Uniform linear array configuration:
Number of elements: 16
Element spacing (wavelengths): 0.5
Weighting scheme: exponential
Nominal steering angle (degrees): -60
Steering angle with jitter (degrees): -59.85
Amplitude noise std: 0.05
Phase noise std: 0.05

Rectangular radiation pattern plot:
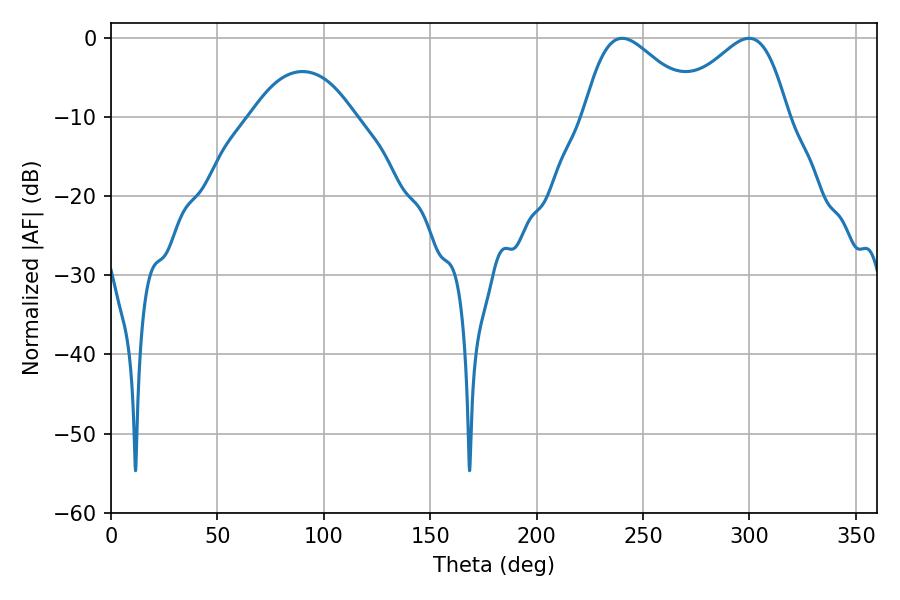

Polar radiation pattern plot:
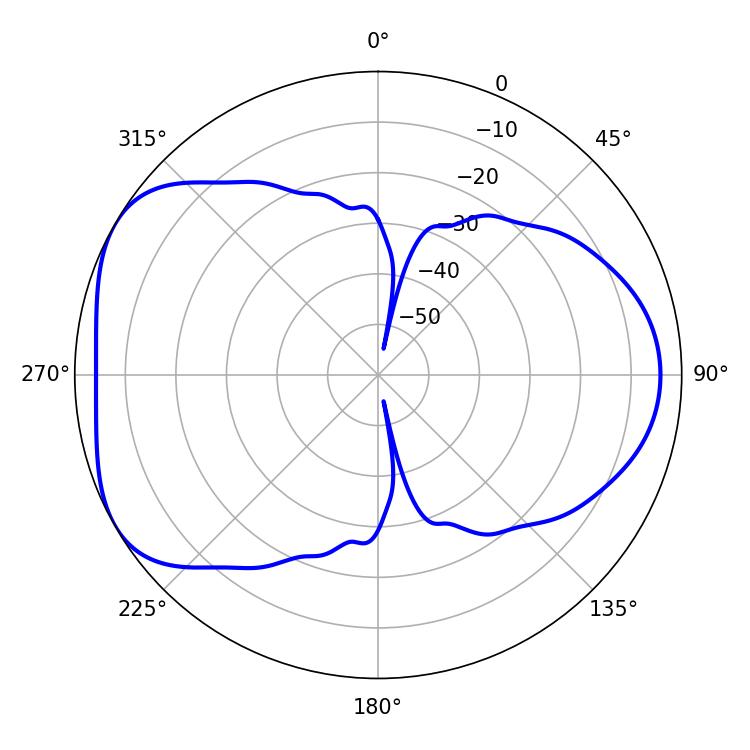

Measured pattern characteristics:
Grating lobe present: FALSE
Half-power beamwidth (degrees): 28.26
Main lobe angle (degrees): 299.88